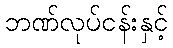
ဘဏ်လုပ်ငန်းနှင့်